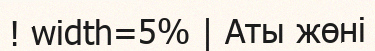
! width=5% | Аты жөні